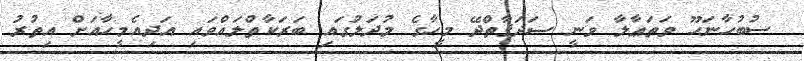
ސުބުހާނަހޫ ވަތަޢާލާ ވަނީ ޞަދަޤާތްދޭ މީހާގެ މުދަލުގައި ބަރަކާތްލައްވައި އަދިއެމީހާއަށް އިތުރު